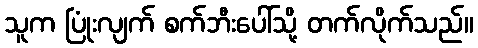
သူက ပြုံးလျက် စက်ဘီးပေါ်သို့ တက်လိုက်သည်။